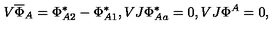
V \overline { { \Phi } } _ { A } = \Phi _ { A 2 } ^ { * } - \Phi _ { A 1 } ^ { * } , V J \Phi _ { A a } ^ { * } = 0 , V J \Phi ^ { A } = 0 ,